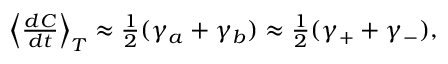
\begin{array} { r } { \left< \frac { d C } { d t } \right> _ { T } \approx \frac { 1 } { 2 } ( \gamma _ { a } + \gamma _ { b } ) \approx \frac { 1 } { 2 } ( \gamma _ { + } + \gamma _ { - } ) , } \end{array}